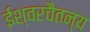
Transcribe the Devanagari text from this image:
ईश्वरचैतन्य